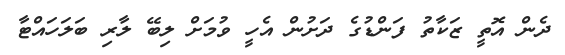
ދެން އޮތީ ޒަކާތު ފަންޑުގެ ދަށުން އެހީ ވުމަށް ލިބޭ ލާރި ބަލަހައްޓާ